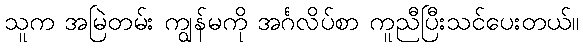
သူက အမြဲတမ်း ကျွန်မကို အင်္ဂလိပ်စာ ကူညီပြီးသင်ပေးတယ်။